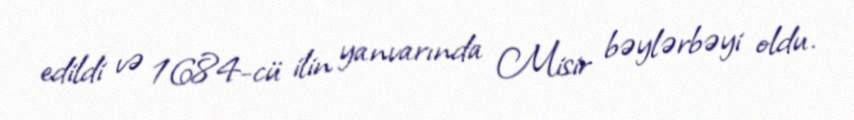
edildi və 1684-cü ilin yanvarında Misir bəylərbəyi oldu.